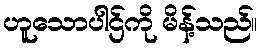
ဟူသောပါဌ်ကို မိန့်သည်။